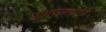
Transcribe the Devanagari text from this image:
एअरलाइनर्स